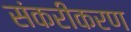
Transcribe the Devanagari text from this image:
संकरीकरण